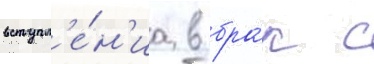
вступл'е́н'иа в бра́к с